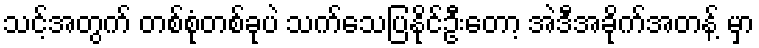
သင့်အတွက် တစ်စုံတစ်ခုပဲ သက်သေပြနိုင်ဦးတော့ အဲဒီအခိုက်အတန့် မှာ